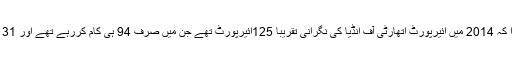
اسی طرح معلوم ہوا کہ 2014 میں ائیرپورٹ اتھارٹی آف انڈیا کی نگرانی تقریبا 125ائیرپورٹ تھے جن میں صرف 94 ہی کام کررہے تھے اور 31 ائیرپورٹ بند تھے۔